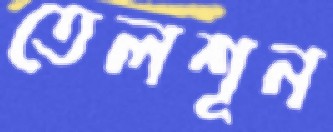
তেলশূন